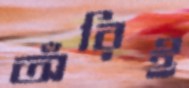
অঁরিই